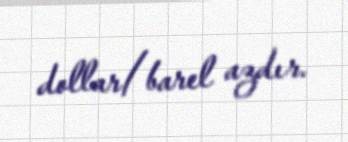
dollar/barel azdır.